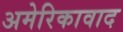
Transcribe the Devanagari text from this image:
अमेरिकावाद